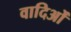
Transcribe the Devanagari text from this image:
वादिओं